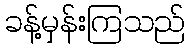
ခန့်မှန်းကြသည်